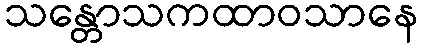
သန္တောသကထာဝသာနေ